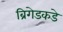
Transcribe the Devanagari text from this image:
ब्रिगेडकडे